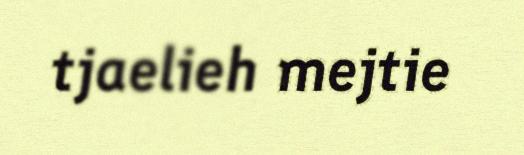
tjaelieh mejtie